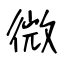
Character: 微